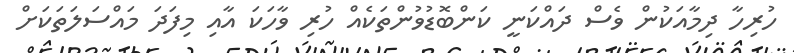
ހުރިހާ ދިމާއަކުން ވެސް ދައްކަނީ ކަންބޮޑުވުންތަކެއް ހުރި ވާހަކަ އާއި މިފަދަ މައްސަލަތަކަށް